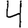
Digit: 4